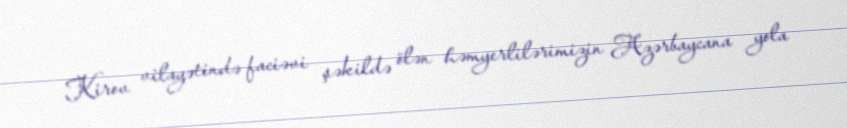
Kirov vilayətində faciəvi şəkildə ölən həmyerlilərimizin Azərbaycana yola